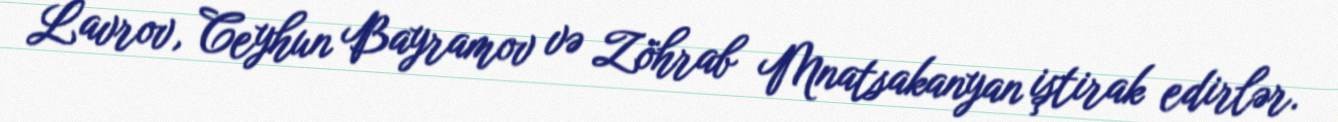
Lavrov, Ceyhun Bayramov və Zöhrab Mnatsakanyan iştirak edirlər.